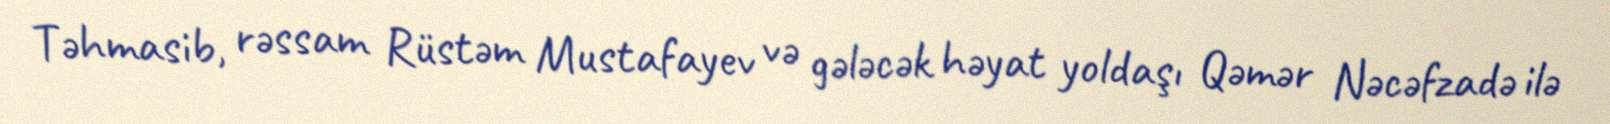
Təhmasib, rəssam Rüstəm Mustafayev və gələcək həyat yoldaşı Qəmər Nəcəfzadə ilə